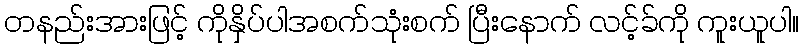
တနည်းအားဖြင့် ကိုနှိပ်ပါအစက်သုံးစက် ပြီးနောက် လင့်ခ်ကို ကူးယူပါ။